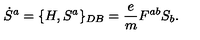
\dot { S } ^ { a } = \{ H , S ^ { a } \} _ { D B } = { \frac { e } { m } } F ^ { a b } S _ { b } .